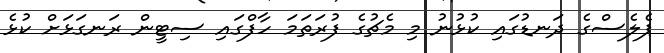
ޕެލެސްގެ ދަނޑުގައި ކުޅުނު މި މެޗުގެ ފުރަތަމަ ހާފްގައި ސިޓީން ރަނގަޅަށް ކުޅެ